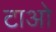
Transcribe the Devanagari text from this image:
टाओ